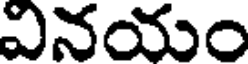
వినయం